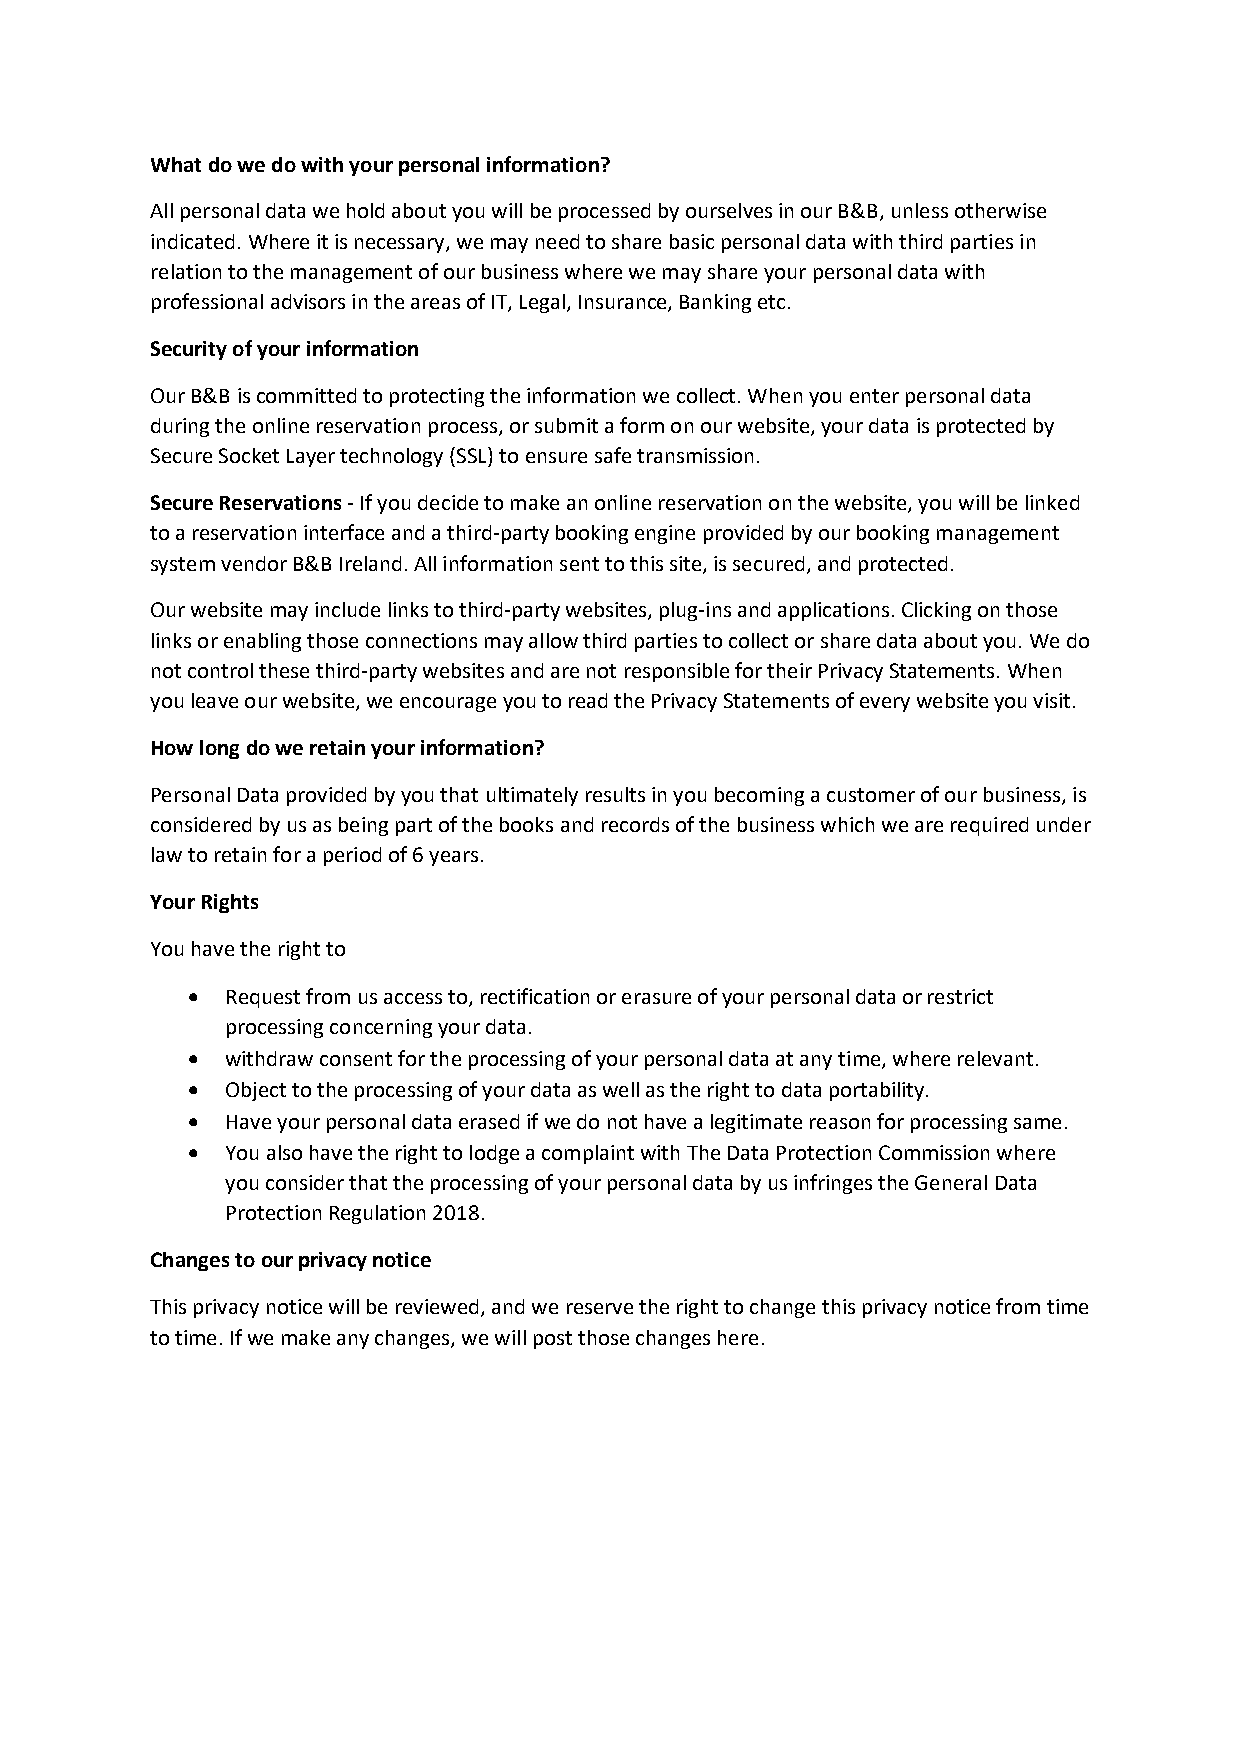
What do we do with your personal information?
 All personal data we hold about you will be processed by ourselves in our B&B, unless otherwise
 indicated. Where it is necessary, we may need to share basic personal data with third parties in
 relation to the management of our business where we may share your personal data with
 professional advisors in the areas of IT, Legal, Insurance, Banking etc.
 Security of your information
 Our B&B is committed to protecting the information we collect. When you enter personal data
 during the online reservation process, or submit a form on our website, your data is protected by
 Secure Socket Layer technology (SSL) to ensure safe transmission.
 Secure Reservations - If you decide to make an online reservation on the website, you will be linked
 to a reservation interface and a third-party booking engine provided by our booking management
 system vendor B&B Ireland. All information sent to this site, is secured, and protected.
 Our website may include links to third-party websites, plug-ins and applications. Clicking on those
 links or enabling those connections may allow third parties to collect or share data about you. We do
 not control these third-party websites and are not responsible for their Privacy Statements. When
 you leave our website, we encourage you to read the Privacy Statements of every website you visit.
 How long do we retain your information?
 Personal Data provided by you that ultimately results in you becoming a customer of our business, is
 considered by us as being part of the books and records of the business which we are required under
 law to retain for a period of 6 years.
 Your Rights
 You have the right to
   Request from us access to, rectification or erasure of your personal data or restrict
 processing concerning your data.
   withdraw consent for the processing of your personal data at any time, where relevant.
   Object to the processing of your data as well as the right to data portability.
   Have your personal data erased if we do not have a legitimate reason for processing same.
   You also have the right to lodge a complaint with The Data Protection Commission where
 you consider that the processing of your personal data by us infringes the General Data
 Protection Regulation 2018.
 Changes to our privacy notice
 This privacy notice will be reviewed, and we reserve the right to change this privacy notice from time
 to time. If we make any changes, we will post those changes here.